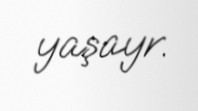
yaşayr.